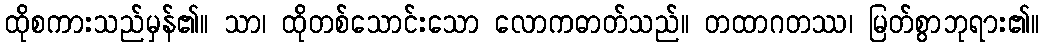
ထိုစကားသည်မှန်၏။ သာ၊ ထိုတစ်သောင်းသော လောကဓာတ်သည်။ တထာဂတဿ၊ မြတ်စွာဘုရား၏။